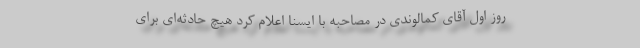
روز اول آقای کمالوندی در مصاحبه با ایسنا اعلام کرد هیچ حادثه‌ای برای